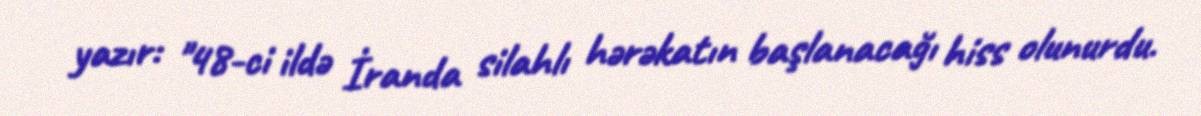
yazır: "48-ci ildə İranda silahlı hərəkatın başlanacağı hiss olunurdu.